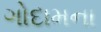
ગોદામના